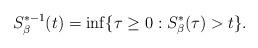
LaTeX: \begin{align*}{S}^{*-1}_{\beta}(t)=\inf\{\tau \geq 0: {S}^*_{\beta}(\tau)>t\}.\end{align*}